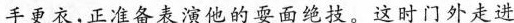
手更衣，正准备表演他的要面绝技。这时门外走进